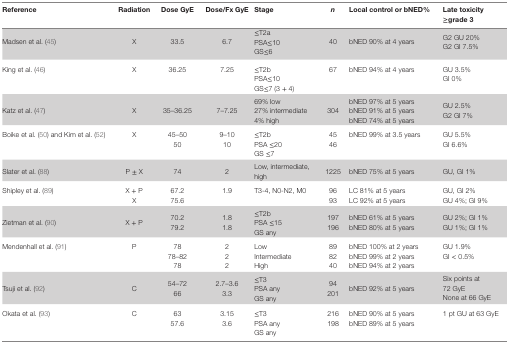
<table><thead><tr><td><b>Reference</b></td><td><b>Radiation</b></td><td><b>Dose GyE</b></td><td><b>Dose/Fx GyE</b></td><td><b>Stage</b></td><td><b><i>n</i></b></td><td><b>Local control or bNED%</b></td><td><b>Late toxicity ≥grade 3</b></td></tr></thead><tbody><tr><td>Madsen et al. (45)</td><td>X</td><td>33.5</td><td>6.7</td><td>≤T2aPSA≤10GS≤6</td><td>40</td><td>bNED 90% at 4 years</td><td>G2 GU 20%G2 GI 7.5%</td></tr><tr><td>King et al. (46)</td><td>X</td><td>36.25</td><td>7.25</td><td>≤T2bPSA≤10GS≤7 (3 + 4)</td><td>67</td><td>bNED 94% at 4 years</td><td>GU 3.5%GI 0%</td></tr><tr><td>Katz et al. (47)</td><td>X</td><td>35–36.25</td><td>7–7.25</td><td>69% low27% intermediate4% high</td><td>304</td><td>bNED 97% at 5 yearsbNED 91% at 5 yearsbNED 74% at 5 years</td><td>GU 2.5%G2 GI 7%</td></tr><tr><td>Boike et al. (50) and Kim et al. (52)</td><td>X</td><td>45–5050</td><td>9–1010</td><td>≤T2bPSA ≤20GS ≤7</td><td>4546</td><td>bNED 99% at 3.5 years</td><td>GU 5.5%GI 6.6%</td></tr><tr><td>Slater et al. (88)</td><td>P ± X</td><td>74</td><td>2</td><td>Low, intermediate, high</td><td>1225</td><td>bNED 75% at 5 years</td><td>GU, GI 1%</td></tr><tr><td>Shipley et al. (89)</td><td>X + PX</td><td>67.275.6</td><td>1.9</td><td>T3-4, N0-N2, M0</td><td>9693</td><td>LC 81% at 5 yearsLC 92% at 5 years</td><td>GU, GI 2%GU 4%; GI 9%</td></tr><tr><td>Zietman et al. (90)</td><td>X + P</td><td>70.279.2</td><td>1.81.8</td><td>≤T2bPSA ≤15GS any</td><td>197196</td><td>bNED 61% at 5 yearsbNED 80% at 5 years</td><td>GU 2%; GI 1%GU 1%; GI 1%</td></tr><tr><td>Mendenhall et al. (91)</td><td>P</td><td>7878–8278</td><td>222</td><td>LowIntermediateHigh</td><td>898240</td><td>bNED 100% at 2 yearsbNED 99% at 2 yearsbNED 94% at 2 years</td><td>GU 1.9%GI &lt; 0.5%</td></tr><tr><td>Tsuji et al. (92)</td><td>C</td><td>54–7266</td><td>2.7–3.63.3</td><td>≤T3PSA anyGS any</td><td>94201</td><td>bNED 92% at 5 years</td><td>Six points at 72 GyENone at 66 GyE</td></tr><tr><td>Okata et al. (93)</td><td>C</td><td>6357.6</td><td>3.153.6</td><td>≤T3PSA anyGS any</td><td>216198</td><td>bNED 90% at 5 yearsbNED 89% at 5 years</td><td>1 pt GU at 63 GyE</td></tr></tbody></table>